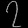
Digit: ၇